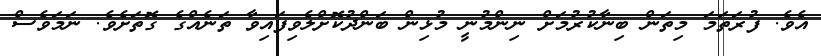
އެވެ. ފުރަތަމަ މިތަން ބިނާކުރުމަށް ނިންމުނީ މުޅިން ބަންދުކޮށްލެވިފައިވާ ތަނެއްގެ ގޮތަށެވެ. ނަމަވެސް